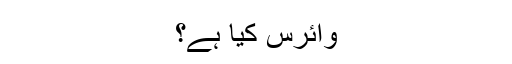
وائرس کیا ہے؟